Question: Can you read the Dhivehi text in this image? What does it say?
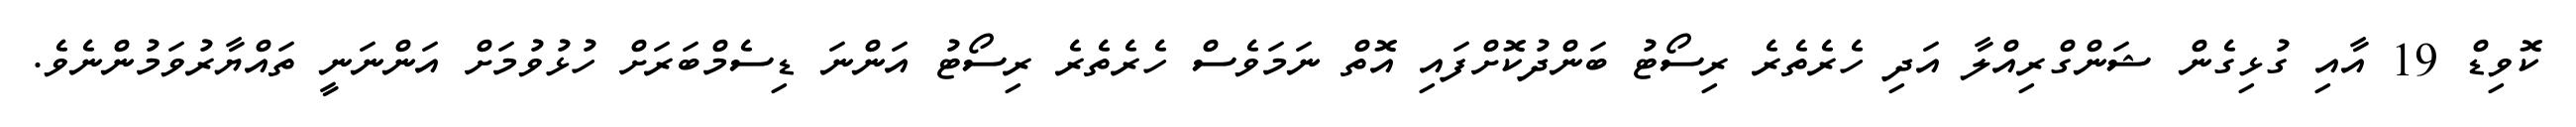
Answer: ކޮވިޑް 19 އާއި ގުޅިގެން ޝަންގްރިއްލާ އަދި ހެރެތެރެ ރިސޯޓު ބަންދުކޮށްފައި އޮތް ނަމަވެސް ހެރެތެރެ ރިސޯޓު އަންނަ ޑިސެމްބަރަށް ހުޅުވުމަށް އަންނަނީ ތައްޔާރުވަމުންނެވެ.